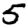
Digit: 5